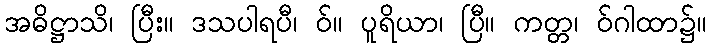
အဓိဋ္ဌာသိ၊ ပြီး။ ဒသပါရပီ၊ ဝ်။ ပူရိယာ၊ ပြီ။ ကတ္တ၊ ဝ်ဂါထာ၌။